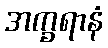
အက္ခရာနံ